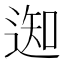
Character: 𨔓